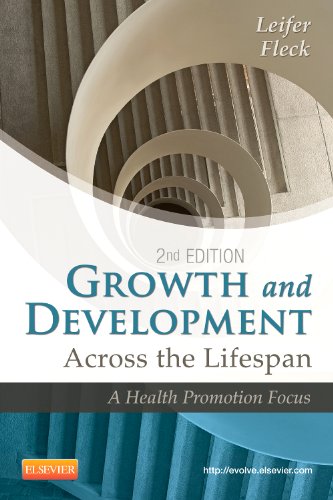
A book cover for Growth and Development Across the Lifespan: A Health Promotion Focus, 2e; Gloria Leifer MA  RN  CNE; Medical Books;